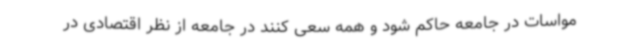
مواسات در جامعه حاکم شود و همه سعی کنند در جامعه از نظر اقتصادی در